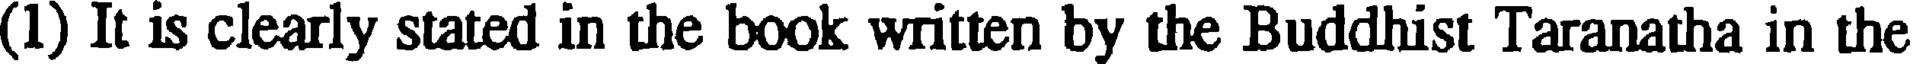
(1) It is clearly stated in the book written by the Buddhist Taranatha in the